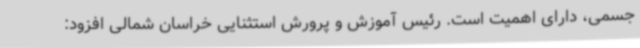
جسمی، دارای اهمیت است. رئیس آموزش و پرورش استثنایی خراسان شمالی افزود: